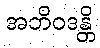
အဘိဝဒန္တိ